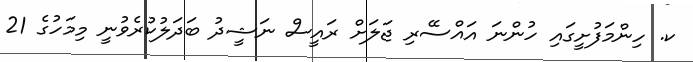
ކ. ހިންމަފުށީގައި ހުންނަ އައްސޭރި ޖަލަށް ރައީސް ނަޝީދު ބަދަލުކުރެވުނީ މިމަހުގެ 21